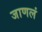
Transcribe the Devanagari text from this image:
जाणलं